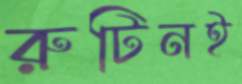
রুটিনই